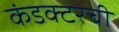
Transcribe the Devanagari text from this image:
कंडक्टरची